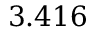
3 . 4 1 6